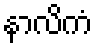
နာလိကံ